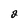
Character: 2